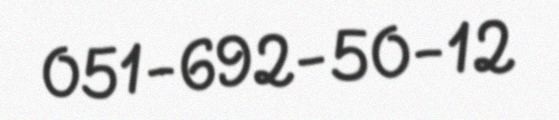
051-692-50-12